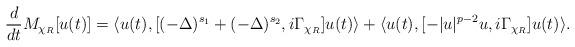
LaTeX: \begin{align*}\frac{d}{dt}M_{\chi_R}[u(t)]=\langle u(t), [(-\Delta)^{s_1}+(-\Delta)^{s_2},i\Gamma_{\chi_R}]u(t)\rangle+ \langle u(t), [-|u|^{p-2}u,i\Gamma_{\chi_R}]u(t)\rangle.\end{align*}